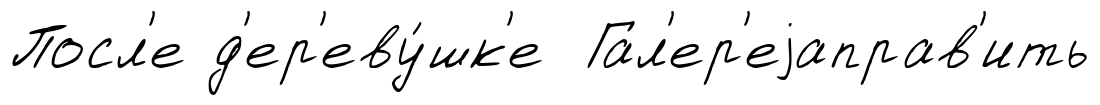
Посл'е д'ер'еву́шк'е Гал'ер'еjаправ'ить